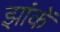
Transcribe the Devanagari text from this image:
झांकें